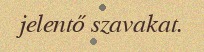
jelentő szavakat.